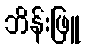
ဘိန်းဖြူ